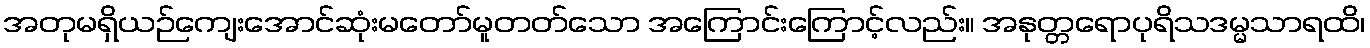
အတုမရှိယဉ်ကျေးအောင်ဆုံးမတော်မူတတ်သော အကြောင်းကြောင့်လည်း။ အနုတ္တရောပုရိသဒမ္မသာရထိ၊